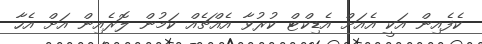
ކެފެއިން އަކީ އެއަށް އެޑިކްޓް ކުރުވާ އެއްޗެއް ކަމުން ލޮރެއިން އަށް އެހާ